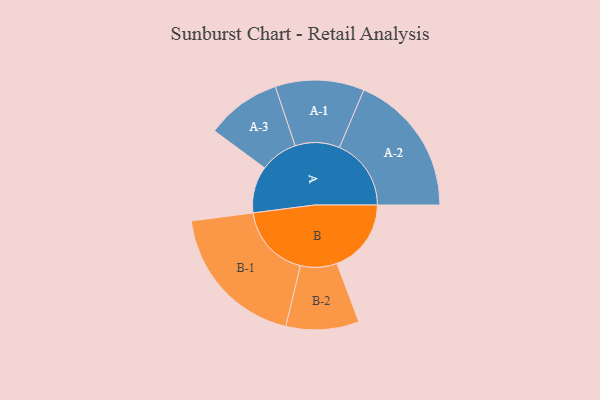
{"axis": {"x": "Segment", "y": "Value"}, "legend": ["", "A", "B"], "data": [{"x": "A", "y": 182, "type": ""}, {"x": "B", "y": 289, "type": ""}, {"x": "A-1", "y": 173, "type": "A"}, {"x": "A-2", "y": 279, "type": "A"}, {"x": "A-3", "y": 146, "type": "A"}, {"x": "B-1", "y": 288, "type": "B"}, {"x": "B-2", "y": 142, "type": "B"}]}